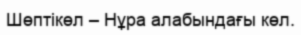
Шөптікөл – Нұра алабындағы көл.